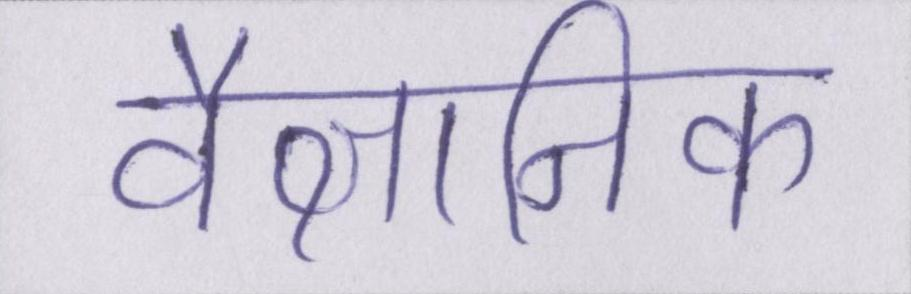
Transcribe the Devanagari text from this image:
वैज्ञानिक